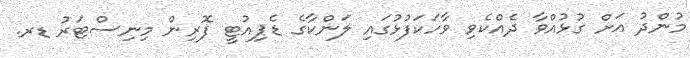
މުންދު އަށް ގުޅުއްވާ ދެއްކެވި ވާހަކަފުޅުގައި ލަންކާގެ ޑެޕިއުޓީ ފޮރިން މިނިސްޓަރު ޑރ.